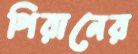
পিরানের